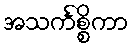
အသင်္ကစ္စိကာ